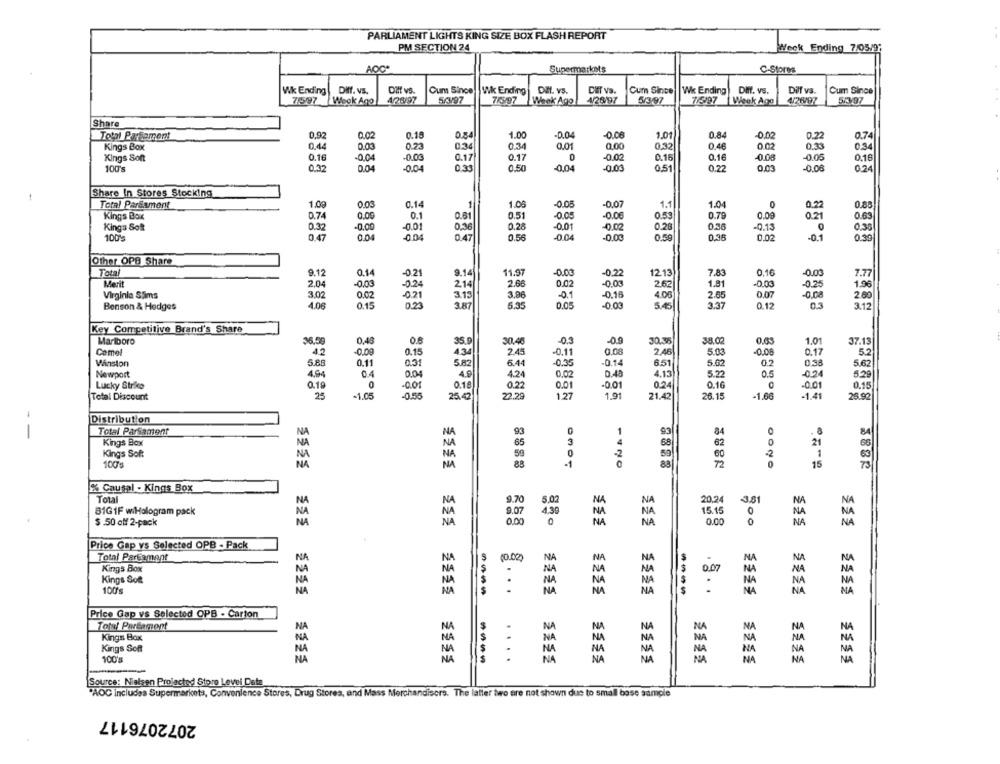
PARLIAMENT LIGHTS KING SIZE BOX FLASH REPORT
PM SECTION 24
Week Ending 7/05/9;
AOC*
Supermarkets
C-Stores
Wk Ending | Diff. vs.
Diff vs.
Cum Since
Wk Ending
DI. vS.
CHT VS.
Cum Since
Wk Ending
Diff. vs.
Dilf vs.
Cum Since
7597
Week Ago
563/97
7/9/97
4/2697
5/3/97
7/5/97
4/26/97
5/7/97
Week Ago
Week Ago
Share
Total Parfoment
0,92
0.02
0.18
0.84
1.00
-0.04
-0.06
1.01
0.84
-0.02
0.22
0.74
0.44
0.03
0.73
0.34
0.34
0.01
0.00
0.32
0.46
0.02
0.33
0.34
Kings Box
Kings Sont
0.16
-0.04
-0.03
0.17
0.17
0
-0.02
0.15
0.16
-0.08
-0.05
0.16
100's
0.32
0.04
-0.04
0.31
0.50
-0.04
-0.03
0.51
0.22
0.03
-0.08
0.24
Share In Stores Stocking
Total Parliament
1.00
0.03
0.14
1
1.05
-0.05
-0.07
1.1
1.04
0
0.22
0.88
Kings Box
0.74
0.00
0.1
0.61
0.51
-0.05
-0.06
0.53
0.79
0.09
0.63
0.21
Kings Soft
0.32
-0,00
-0.01
0.36
0.28
-0.01
-0.02
0.28
0.36
-0.13
0.38
100's
0.47
0.04
-0.04
0.47
0.56
-0.04
-0.03
0.59
0.36
0.02
-0.1
0.39
Other OPB Share
Total
9.12
0.14
-0.21
9.14
11.97
-0.00
-0.22
12.13
7.83
0,16
-0.00
7.77
Merit
2.04
-0.03
2.66
0.02
1.81
-0.03
-0.25
1.96
-0.24
214
2.62
Virginia SSims
3,02
0.02
-021
3.13
-0.1
-0.16
4.06
2.65
0.07
-0.08
2.80
4.06
0.15
023
3.87
5.35
0.05
-0.03
3.37
0.12
0.3
3.12
Benson & Hedges
Key Competitive Brand's Share
Marlboro
36.59
0.48
0.6
35.9
30.40
03
-0.9
30.38
38.00
0.03
1.0
37.13
Camel
42
-0.09
0.15
4.34
2.45
0.08
2.46
5.03
-0.08
5.2
-0.11
0.17
Winston
5.88
0.11
0.31
5.82
6.44
-0.35
-0.14
6.51
5.02
02
0,38
5.62
Newport
4.94
0.04
4.9
4.24
0,02
0.48
4.13
5.22
0.5
5.29
0.19
0
-0.24
Lucky Strike
-0.Of
0.18
0.22
0.01
-0.01
0.24
0.16
-0.01
0.18
Total Discount
25
-1.05
-0.55
25.42
22.29
1.27
1.9
21.4
26.15
-1.66
-1.41
26.92
Distribution
--
Total Parsament
NA
NA
93
93
84
84
Kings Box
NA
65
3
68
62
0
Kings Soft
50
1
63
100'
NA
88
0301
1420
15
% Causal - Kings Box
333
Total
NA
9.70
5.02
NA
20.24
3.81
B1G1F wiHologram pack
NA
NA
9.07
15.15
0
4.50
$ .50 off 2-pack
NA
0.00
0.00
0
NA
Price Gap vs Selected OPB - Pack
Total Pargamept
NA
(0.02)
NA
NA
N
NA
NA
NA
NA
Kings Box
S
NA
0.07
NA
NA
Kings Sof
S
NA
NA
NA
NA
...
NA
NA
NA
NA
100's
NA
NA
----
....
NA
Price Gap vs Selected OPB - Carton
Total Parlament
NA
NA
NA
NA
NA
NA
NA
NA
Kings Box
NA
NA
Kings Soft
NA
NA
NA
NA
----
NA
100's
...
NA
NA
NA
Source: Nielsen Prolacted Store Level Data
"AOC includes Supermarkets, Convenience Stores, Drug Stores, and Mass Merchandisers. The latter two are not shown due to small base sample
2072076117